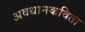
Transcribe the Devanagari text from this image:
अवधानकविता